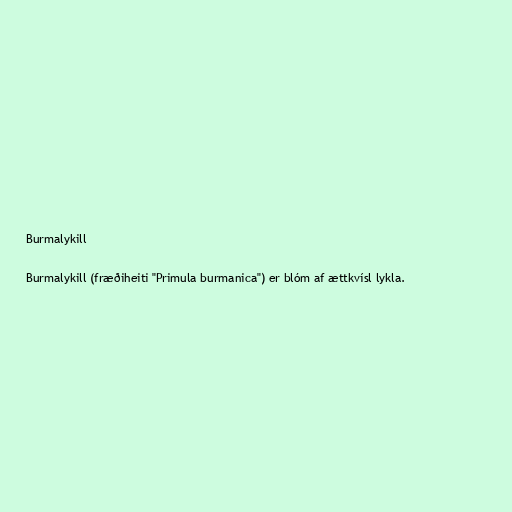
Burmalykill

Burmalykill (fræðiheiti "Primula burmanica") er blóm af ættkvísl lykla.